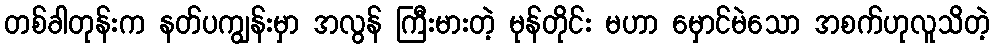
တစ်ခါတုန်းက နတ်ပကျွန်းမှာ အလွန် ကြီးမားတဲ့ မုန်တိုင်း မဟာ မှောင်မဲသော အစက်ဟုလူသိတဲ့